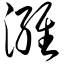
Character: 潍